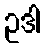
ဥဒါ